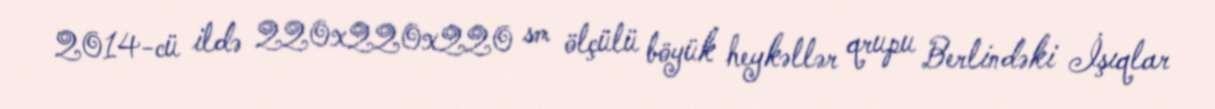
2014-cü ildə 220x220x220 sm ölçülü böyük heykəllər qrupu Berlindəki İşıqlar